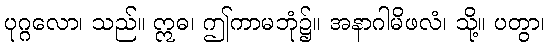
ပုဂ္ဂလော၊ သည်။ ဣဓ၊ ဤကာမဘုံ၌။ အနာဂါမိဖလံ၊ သို့။ ပတွာ၊